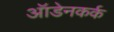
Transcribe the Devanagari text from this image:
ऑडेनकर्क